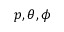
p , \theta , \phi